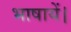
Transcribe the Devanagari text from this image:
भाषायें।